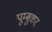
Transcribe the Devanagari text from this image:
पूम्बुकर